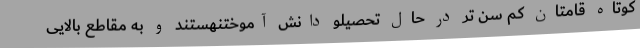
کوتاه قامتان کم سن تر در حال تحصیلو دانش آموختنهستند و به مقاطع بالایی